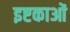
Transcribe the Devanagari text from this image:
इष्टकाओं